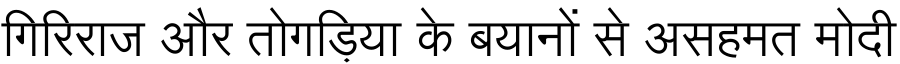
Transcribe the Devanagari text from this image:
गिरिराज और तोगड़िया के बयानों से असहमत मोदी